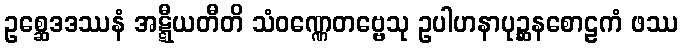
ဥစ္ဆေဒဒဿနံ အဋ္ဋီယတီတိ သံဝဏ္ဏေတဗ္ဗေသု ဥပါဟနာပုဉ္ဆနစောဠကံ ဖဿ